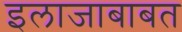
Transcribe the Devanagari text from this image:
इलाजाबाबत